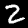
Digit: 2